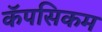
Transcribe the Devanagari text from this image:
कॅपसिकम